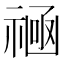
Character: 𫀛